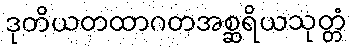
ဒုတိယတထာဂတအစ္ဆရိယသုတ္တံ